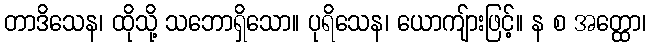
တာဒိသေန၊ ထိုသို့ သဘောရှိသော။ ပုရိသေန၊ ယောကျ်ားဖြင့်။ န စ အတ္ထော၊